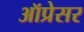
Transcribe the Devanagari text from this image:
ऑप्रेसर